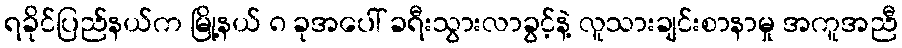
ရခိုင်ပြည်နယ်က မြို့နယ် ၈ ခုအပေါ် ခရီးသွားလာခွင့်နဲ့ လူသားချင်းစာနာမှု အကူအညီ